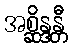
အစ္ဆိန္ဒန္တီ